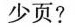
少页?